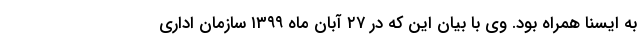
به ایسنا همراه بود. وی با بیان این که در ۲۷ آبان ماه ۱۳۹۹ سازمان اداری